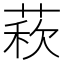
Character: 𦳫